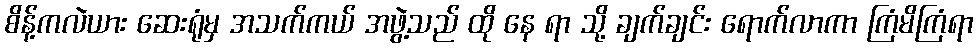
စိန့်ကလဲယား ဆေးရုံမှ အသက်ကယ် အဖွဲ့သည် ထို နေ ရာ သို့ ချက်ချင်း ရောက်လာကာ ကြံမိကြံရာ